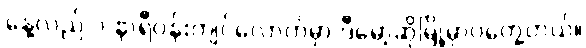
နေ့လည် ၁ နာရီဝန်းကျင်လောက်မှာ ဒီမော့ဆိုမြို့မှာပဲတွေ့တယ်။